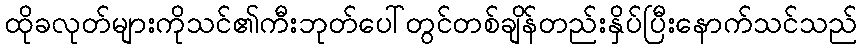
ထိုခလုတ်များကိုသင်၏ကီးဘုတ်ပေါ်တွင်တစ်ချိန်တည်းနှိပ်ပြီးနောက်သင်သည်